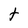
Character: t